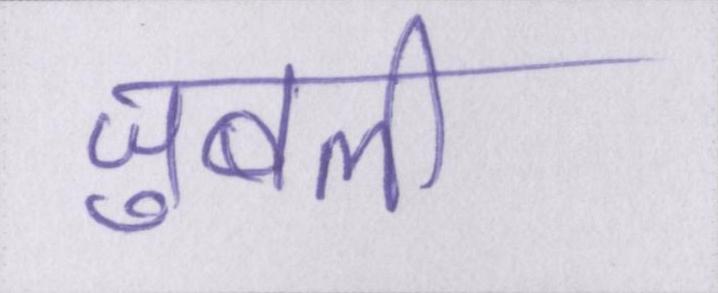
जुबली